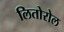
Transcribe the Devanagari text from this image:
लितोरोल